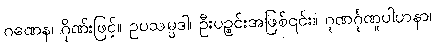
ဂဏေန၊ ဂိုဏ်းဖြင့်။ ဥပသမ္ပဒါ၊ ဦးပဉ္စင်းအဖြစ်၎င်း။ ဂုဏင်္ဂုဏူပါဟနာ၊